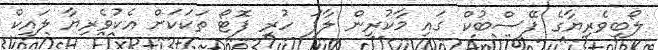
ލޯބިވެރިޔާގެ ފޭސްބުކް ގައި މާކުރިން ލާފަ ހުރި ފޮޓޯ ތަކަކަށް އެކުވެރިޔާ ލައިކް